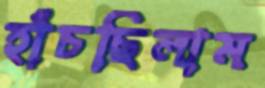
হাঁচছিলাম